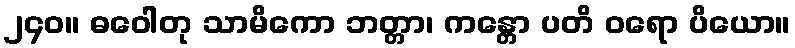
၂၄၀။ ဓဝေါတု သာမိကော ဘတ္တာ၊ ကန္တော ပတိ ဝရော ပိယော။